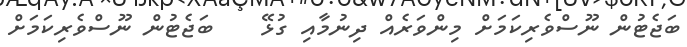
ބަޖެޓުން ނޫސްވެރިކަމަށް މިންވަރެއް ދިނުމާއި ގުޅޭ    ބަޖެޓުން ނޫސްވެރިކަމަށް